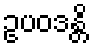
ဥပဝဒန္တိ